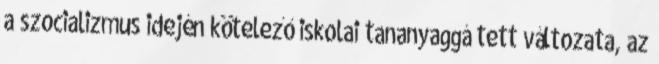
a szocializmus idején kötelező iskolai tananyaggá tett változata, az